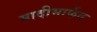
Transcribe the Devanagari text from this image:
मादीमार्फत